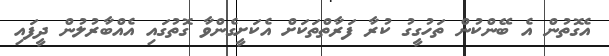
އެގޮތުން އެ ބޭންކުން ތަހުގީގު ކުރާ ފަރާތްތަކަށް އެކަށީގެންވާ ގޮތުގައި އެއްބާރުލުން ދީފައި